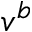
v ^ { b }